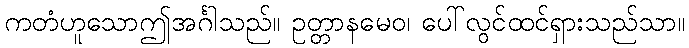
ကတံဟူသောဤအင်္ဂါသည်။ ဥတ္တာနမေဝ၊ ပေါ်လွင်ထင်ရှားသည်သာ။